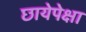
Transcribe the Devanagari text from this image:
छायेपेक्षा